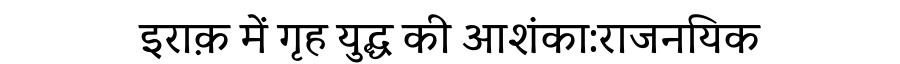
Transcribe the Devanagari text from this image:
इराक़ में गृह युद्ध की आशंका:राजनयिक